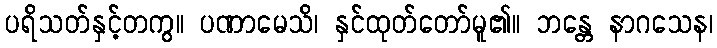
ပရိသတ်နှင့်တကွ။ ပဏာမေသိ၊ နှင်ထုတ်တော်မူ၏။ ဘန္တေ နာဂသေန၊